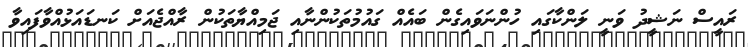
ރައީސް ނަޝީދު ވަނީ ލަންކާގައި ހުންނަވައިގެން ބައެއް ގައުމުތަކުންނާއި ޖަމިއްޔާތަކުން ރާއްޖެއަށް ކަނޑައަޅުއްވާފައިވާ